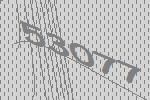
53077